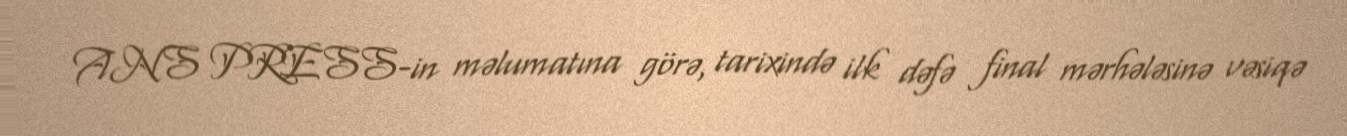
ANS PRESS-in məlumatına görə, tarixində ilk dəfə final mərhələsinə vəsiqə